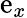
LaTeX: \mathrm{e}_{x}